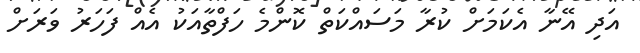
އަދި އޭނާ އެކަމަށް ކުރާ މަސައްކަތް ކޮންމެ ހަފްތާއަކު އެއް ފަހަރު ވަރަށް